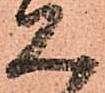
見